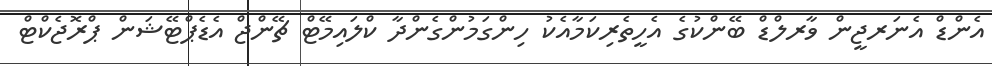
އެންޑް އެނަރޖީން ވާރލްޑް ބޭންކުގެ އެހީތެރިކަމާއެކު ހިންގަމުންގެންދާ ކްލައިމޭޓް ޗޭންޖް އެޑެޕްޓޭޝަން ޕްރޮޖެކްޓް